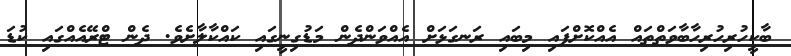
ބާކީހުރިހުރިހާބާވަތްތައް އެއްކޮށްފައި މިބައި ރަނގަޅަށް އެއްވަންދެން މަޑުގިނީގައި ކައްކާލާށެވެ. ދެން ޓްރޭއެއްގައި ކުޑަ